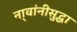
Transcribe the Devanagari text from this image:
ना्वांनीसुद्धा